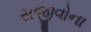
સજીવોના